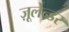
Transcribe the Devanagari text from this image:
ज़ूलेन्डर